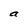
Character: a